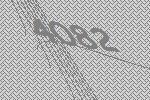
4082